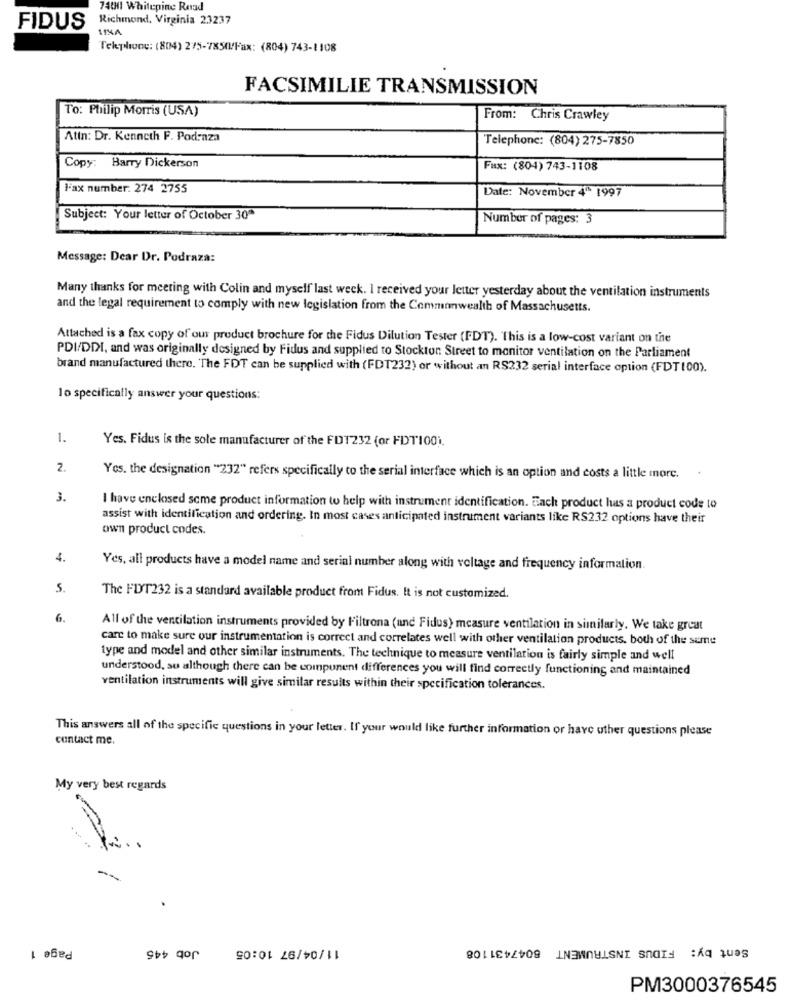
7401 Whitepine Road
Richmond, Virginia 23237
FIDUS
Telephone: (804) 275-7850/Fax: (804) 743-1108
FACSIMILIE TRANSMISSION
To: Philip Morris (USA)
From: Chris Crawley
Attn: Dr. Kenneth F. Podraza
Telephone: (804) 275-7850
Copy: Barry Dickerson
Fax: (804) 743-1108
Fax number: 274 2755
Date: November 4º 1997
Subject: Your letter of October 30ª
Number of pages: 3
Message: Dear Dr. Podraza:
Many thanks for meeting with Colin and myself last week. I received your letter yesterday about the ventilation instruments
and the legal requirement to comply with new legislation from the Commonwealth of Massachusetts.
Attached is a fax copy of our product brochure for the Fidus Dilution Tester (FDT). This is a low-cost variant on the
PDI/DDI, and was originally designed by Fidus and supplied to Stockton Street to monitor ventilation on the Parliament
brand manufactured there. The FDT can be supplied with (FDT232) or without an RS232 serial interface option (FDT100).
lo specifically answer your questions:
1.
Yes. Fidus is the sole manufacturer of the FD1232 (or FDT100).
2.
Yos. the designation "232" refers specifically to the serial interface which is an option and costs a little more.
3.
I have enclosed some product information to help with instrument identification. Each product has a product code to
assist with identification and ordering. In most cases anticipated instrument variants like RS232 options have their
own product codes.
4.
Yes, all products have a model name and serial number along with voltage and frequency information.
5.
The FUT232 is a standard available product from Fidus. It is not customized.
6.
All of the ventilation instruments provided by Filtrona (and Fidus) measure ventilation in similarly. We take great
care to make sure our instrumentation is correct and correlates well with other ventilation products. both of the sume
type and model and other similar instruments. The technique to measure ventilation is fairly simple and well
understood, su although there can be compunent differences you will find correctly functioning and maintained
ventilation instruments will give similar results within their specification tolerances.
This answers all of the specific questions in your letter. If your would like further information or have other questions please
contact me.
My very best regards
. ..
Page 1
Job 445
11/04/97 10:05
Sent by: FIDUS INSTRUMENT 8047431108
PM3000376545